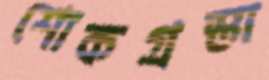
শোকগ্রস্তা